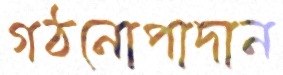
গঠনোপাদান